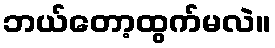
ဘယ်တော့ထွက်မလဲ။